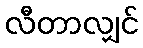
လီတာလျှင်